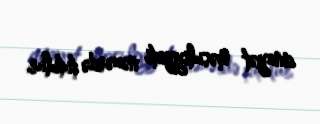
cinayət məsuliyyəti nəzərdə tutulur.